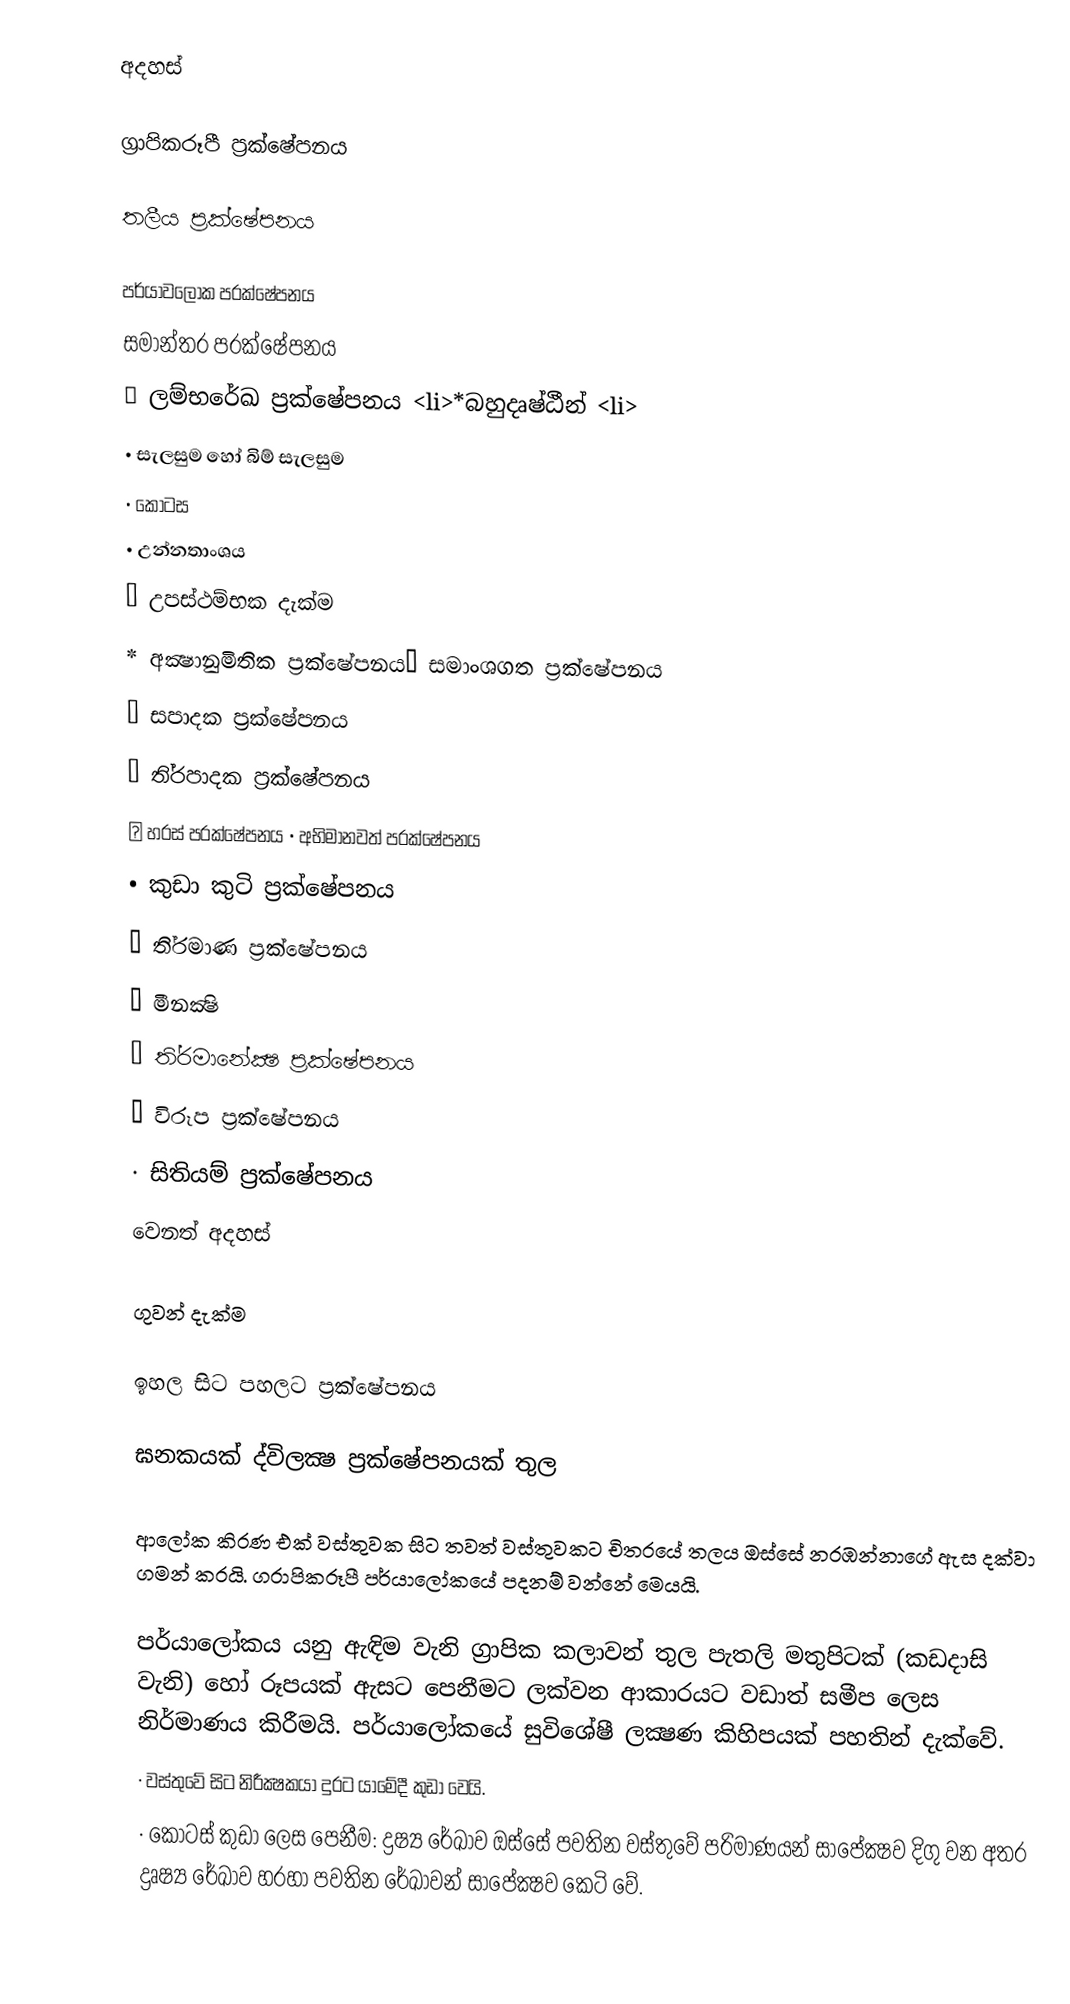
අදහස්

ග‍්‍රාපිකරූපී ප‍්‍රක්ෂේපනය

 තලීය ප‍්‍රක්ෂේපනය

          පර්යාවලෝක ප‍්‍රක්ෂේපනය
             සමාන්තර ප‍්‍රක්ෂේපනය
   			⋆ ලම්භරේඛ ප‍්‍රක්ෂේපනය <li>*බහුදෘෂ්ඨීන් <li>
• සැලසුම හෝ බිම් සැලසුම
• කොටස
• උන්නතාංශය
• උපස්ථම්භක දැක්ම
* අක්‍ෂානුමිතික ප‍්‍රක්ෂේපනය• සමාංශගත ප‍්‍රක්ෂේපනය
• සපාදක ප‍්‍රක්ෂේපනය
• ති‍්‍රපාදක ප‍්‍රක්ෂේපනය
⋆ හරස් ප‍්‍රක්ෂේපනය • අභිමානවත් ප‍්‍රක්ෂේපනය
• කුඩා කුටි ප‍්‍රක්ෂේපනය
·	ති‍්‍රමාණ ප‍්‍රක්ෂේපනය
·	මීනක්‍ෂි
·	ති‍්‍රමානේක්‍ෂ ප‍්‍රක්ෂේපනය
·	 විරූප ප‍්‍රක්ෂේපනය
·	සිතියම් ප‍්‍රක්ෂේපනය
වෙනත් අදහස්

	ගුවන් දැක්ම

 ඉහල සිට පහලට ප‍්‍රක්ෂේපනය

ඝනකයක් ද්විලක්‍ෂ ප‍්‍රක්ෂේපනයක් තුල

ආලෝක කිරණ එක් වස්තුවක සිට තවත් වස්තුවකට චිත‍්‍රයේ තලය ඔස්සේ නරඹන්නාගේ ඇස දක්වා ගමන් කරයි. ග‍්‍රාපිකරූපී පර්යාලෝකයේ පදනම් වන්නේ මෙයයි.

පර්යාලෝකය යනු ඇඳිම වැනි ග‍්‍රාපික කලාවන් තුල පැතලි මතුපිටක් (කඩදාසි වැනි) හෝ රූපයක් ඇසට පෙනීමට ලක්වන ආකාරයට වඩාත් සමීප ලෙස නිර්මාණය කිරීමයි. පර්යාලෝකයේ සුවිශේෂී ලක්‍ෂණ කිහිපයක් පහතින් දැක්වේ.
·	වස්තුවේ සිට නිරීක්‍ෂකයා දුරට යාමේදී කුඩා වෙයි.
·	කොටස් කුඩා ලෙස පෙනීම:  ද්‍රෂ්‍ය රේඛාව ඔස්සේ පවතින වස්තුවේ පරිමාණයන් සාපේක්‍ෂව දිගු වන අතර ද්‍රෘෂ්‍ය රේඛාව හරහා පවතින රේඛාවන් සාපේක්‍ෂව කෙටි වේ.